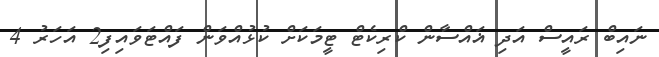
ނައިބް ރައީސް އަދި ޣައްސާން ކްރިކެޓް ޓީމަކަށް ކުޅުއްވަން ފައްޓަވައިފި2 އަހަރު 4